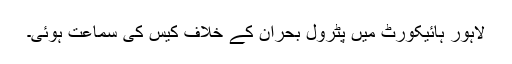
لاہور ہائیکورٹ میں پٹرول بحران کے خلاف کیس کی سماعت ہوئی۔